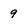
Character: 9